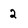
Character: 2